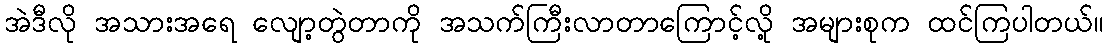
အဲဒီလို အသားအရေ လျော့တွဲတာကို အသက်ကြီးလာတာကြောင့်လို့ အများစုက ထင်ကြပါတယ်။